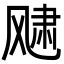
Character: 𩙨